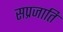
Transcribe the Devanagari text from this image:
सप्रजाति